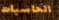
الحاسبات